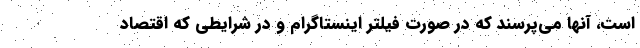
است، آنها می‌پرسند که در صورت فیلتر اینستاگرام و در شرایطی که اقتصاد